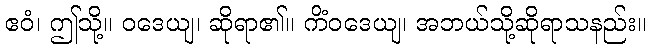
ဧဝံ၊ ဤသို့။ ဝဒေယျ၊ ဆိုရာ၏။ ကိံဝဒေယျ၊ အဘယ်သို့ဆိုရာသနည်း။